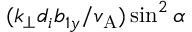
( k _ { \perp } d _ { i } b _ { 1 y } / v _ { \mathrm { A } } ) \sin ^ { 2 } \alpha